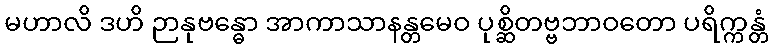
မဟာလိ ဒဟိ ဉာနုဗန္ဓော အာကာသာနန္တမေဝ ပုစ္ဆိတဗ္ဗဘာဝတော ပရိက္ကန္တံ